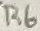
Text: R6